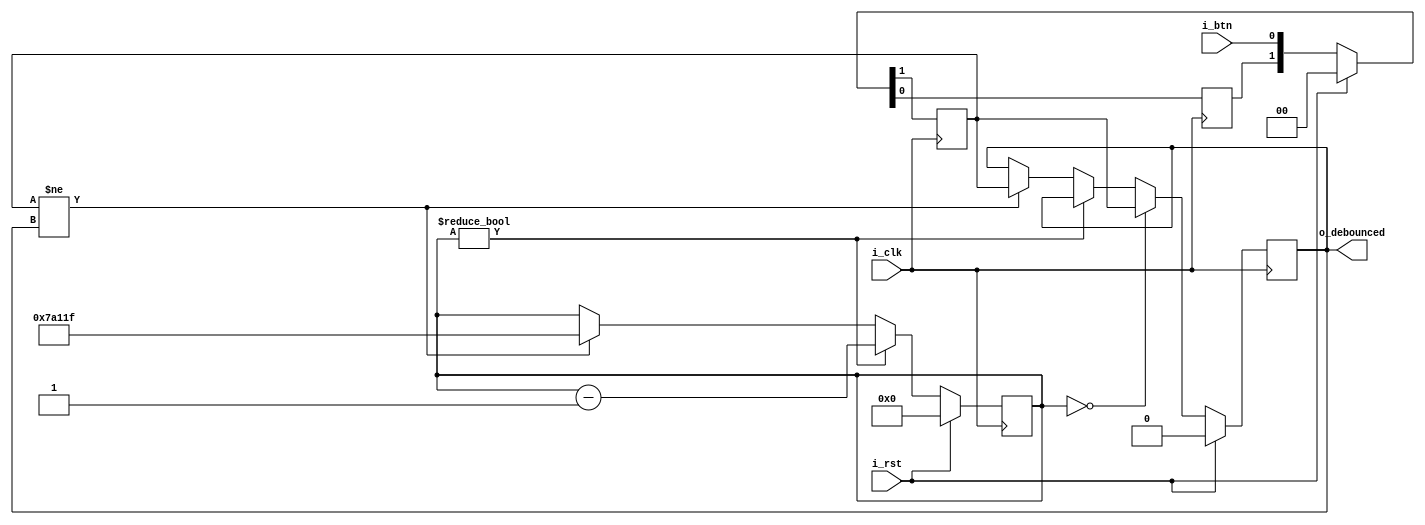
// Source: https://github.com/abhishek-kakkar/100DayFPGA/blob/master/day29%2Bex7-zipcpu/debouncer.v

module debouncer(
    input wire i_rst,
    input wire i_clk,
    input wire i_btn,
    output reg o_debounced
);
    // f = 10 MHz, so 20ms bounce needs 500K
    parameter TIME_PERIOD = 500_000;

    reg r_btn, r_aux;
    reg [19:0] timer;

    always @(posedge i_clk) begin
        if (i_rst) begin
            { r_btn, r_aux } <= 2'b00;
            timer <= 0;
            o_debounced <= 0;
        end else begin
            // 2FF sync
            {r_btn, r_aux} <= {r_aux, i_btn};
            if (timer != 0) begin
                timer <= timer - 1;
            end
            else if (r_btn != o_debounced) begin
                timer <= TIME_PERIOD - 1;
                o_debounced <= r_btn;
            end
            if (timer == 0) begin
                o_debounced <= r_btn;
            end
        end
    end    
endmodule